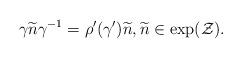
LaTeX: \begin{align*} \gamma\widetilde{n}\gamma^{-1}=\rho'\small(\gamma'\small) \widetilde{n}, \widetilde{n} \in \exp(\mathcal{Z}). \end{align*}